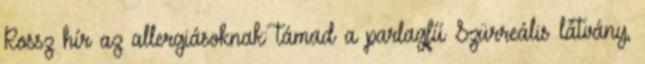
Rossz hír az allergiásoknak: támad a parlagfű Szürreális látvány,